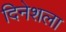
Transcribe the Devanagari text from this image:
दिनेशला